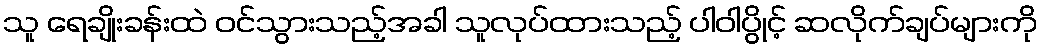
သူ ရေချိုးခန်းထဲ ဝင်သွားသည့်အခါ သူလုပ်ထားသည့် ပါဝါပွိုင့် ဆလိုက်ချပ်များကို